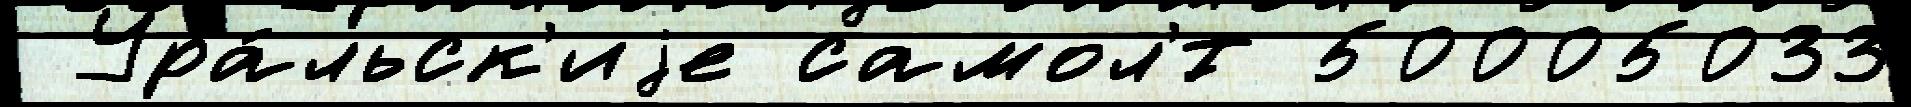
 Ура́льск'иjе самол'́т 50005033